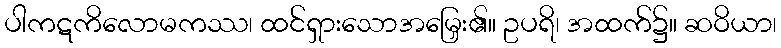
ပါကဋကိလောမကဿ၊ ထင်ရှားသောအမြှေး၏။ ဥပရိ၊ အထက်၌။ ဆဝိယာ၊